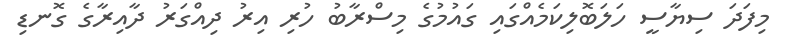
މިފަދަ ސިޔާސީ ހަލަބޮލިކަމެއްގައި ގައުމުގެ މިސްރާބު ހުރި އިރު ދިއްގަރު ދާއިރާގެ ގޮނޑި